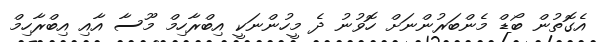
އެގޮތުން ބޯޑް މެންބަރުންނަށް ހޮވުނު ދެ މީހުންނަކީ އިބްރާހިމް މޫސާ އާއި އިބްރާހިމް